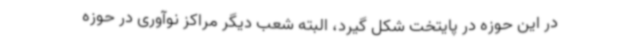
در این حوزه در پایتخت شکل گیرد، البته شعب دیگر مراکز نوآوری در حوزه